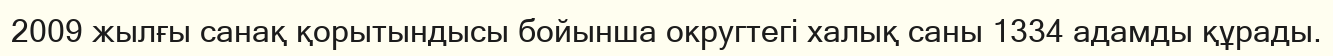
2009 жылғы санақ қорытындысы бойынша округтегі халық саны 1334 адамды құрады.